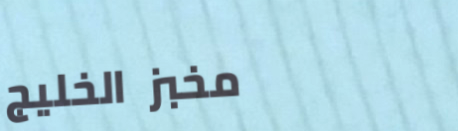
مخبز الخليج